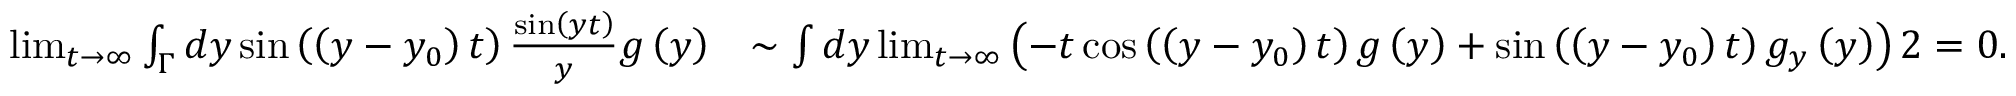
\begin{array} { r l } { \operatorname* { l i m } _ { t \rightarrow \infty } \int _ { \Gamma } d y \sin \left( \left( y - y _ { 0 } \right) t \right) \frac { \sin \left( y t \right) } { y } g \left( y \right) } & { \sim \int d y \operatorname* { l i m } _ { t \rightarrow \infty } \left( - t \cos \left( \left( y - y _ { 0 } \right) t \right) g \left( y \right) + \sin \left( \left( y - y _ { 0 } \right) t \right) g _ { y } \left( y \right) \right) 2 = 0 . } \end{array}